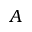
A